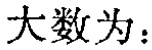
大数为：